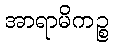
အာရာမိကဉ္စ